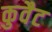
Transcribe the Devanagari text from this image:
कुवैट